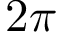
2 \pi